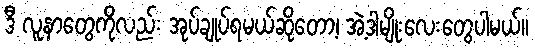
ဒီ လူနာတွေကိုလည်း အုပ်ချုပ်ရမယ်ဆိုတော့၊ အဲ့ဒါမျိုးလေးတွေပါမယ်။